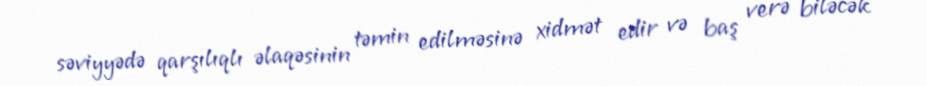
səviyyədə qarşılıqlı əlaqəsinin təmin edilməsinə xidmət edir və baş verə biləcək